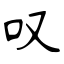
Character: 叹